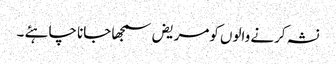
نشہ کرنے والوں کومریض سمجھا جانا چاہئے ۔